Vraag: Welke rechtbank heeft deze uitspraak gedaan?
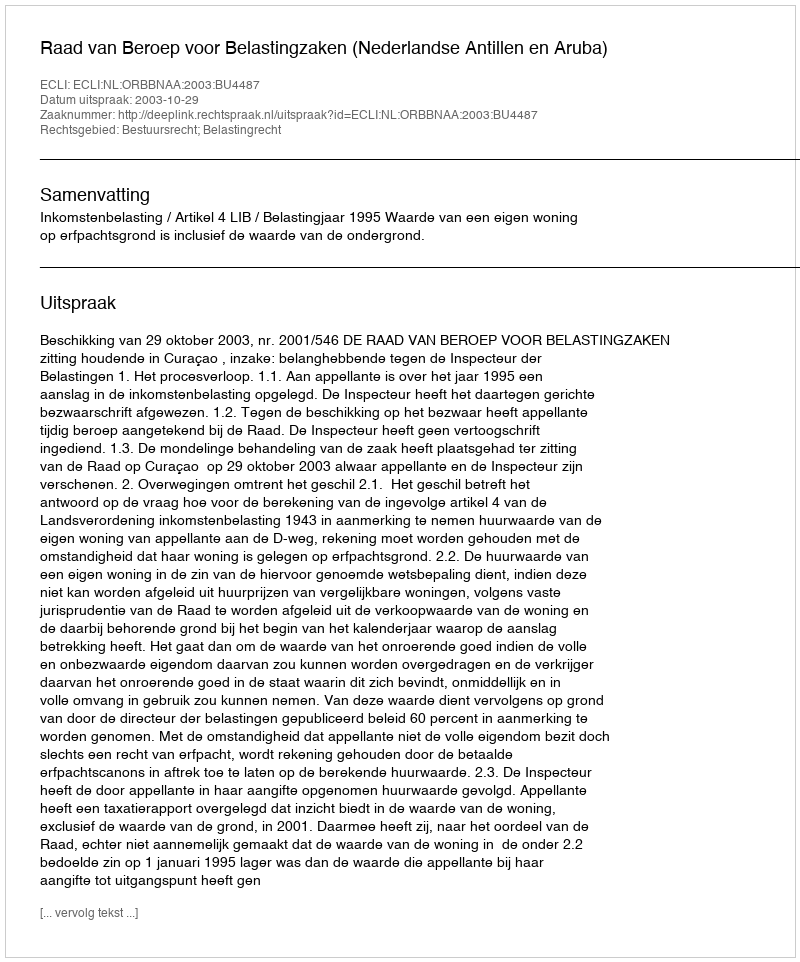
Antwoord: Raad van Beroep voor Belastingzaken (Nederlandse Antillen en Aruba)